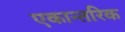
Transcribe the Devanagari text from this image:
एकान्तरिक